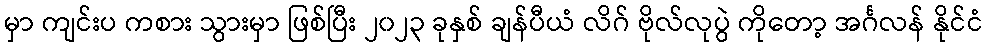
မှာ ကျင်းပ ကစား သွားမှာ ဖြစ်ပြီး ၂၀၂၃ ခုနှစ် ချန်ပီယံ လိဂ် ဗိုလ်လုပွဲ ကိုတော့ အင်္ဂလန် နိုင်ငံ